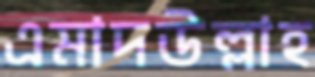
এমাদউল্লাহ